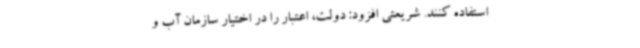
استفاده کنند. شریعتی افزود: دولت، اعتبار را در اختیار سازمان آب و